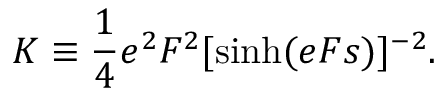
K \equiv \frac { 1 } { 4 } e ^ { 2 } F ^ { 2 } [ \sinh ( e F s ) ] ^ { - 2 } .